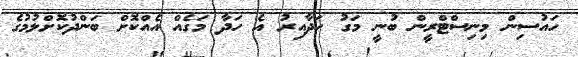
ހައުސިން މިނިސްޓްރީން ބުނީ މަގު ހަދާއިރު އެ ހަދާ މަގެއް އެއްކޮށް ބަންދުކޮށްލުމުގެ